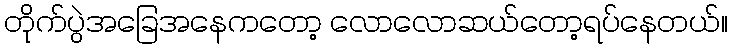
တိုက်ပွဲအခြေအနေကတော့ လောလောဆယ်တော့ရပ်နေတယ်။